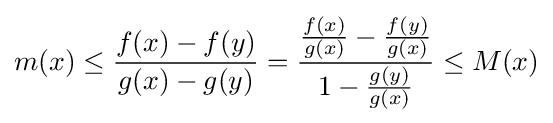
m(x)\leq {\frac {f(x)-f(y)}{g(x)-g(y)}}={\frac {{\frac {f(x)}{g(x)}}-{\frac {f(y)}{g(x)}}}{1-{\frac {g(y)}{g(x)}}}}\leq M(x)